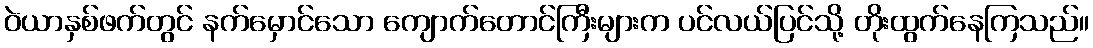
ဝဲယာနှစ်ဖက်တွင် နက်မှောင်သော ကျောက်တောင်ကြီးများက ပင်လယ်ပြင်သို့ တိုးထွက်နေကြသည်။